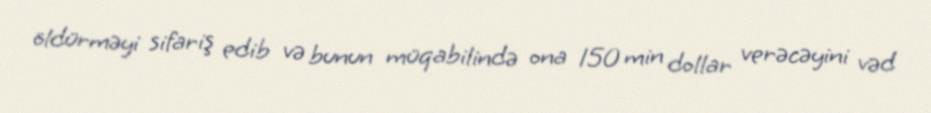
öldürməyi sifariş edib və bunun müqabilində ona 150 min dollar verəcəyini vəd